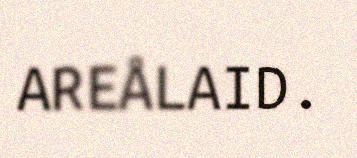
AREÅLAID.